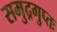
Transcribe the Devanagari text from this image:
समुद्रगुप्तः